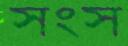
সংস